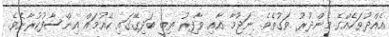
އެއްދުވަހެއްގެ މެންދުރު ވަގުތެވެ. ނަޖުމާ އާއި ވާފިރު ތިބީ ބަދިގޭގައި ކެއުމައް އިންސާފުކުރާށެެވެ.